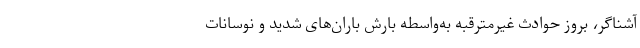
آشناگر، بروز حوادث غیرمترقبه به‌واسطه بارش باران‌های شدید و نوسانات